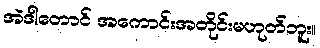
အဲဒါတောင် အကောင်းအတိုင်းမဟုတ်ဘူး။